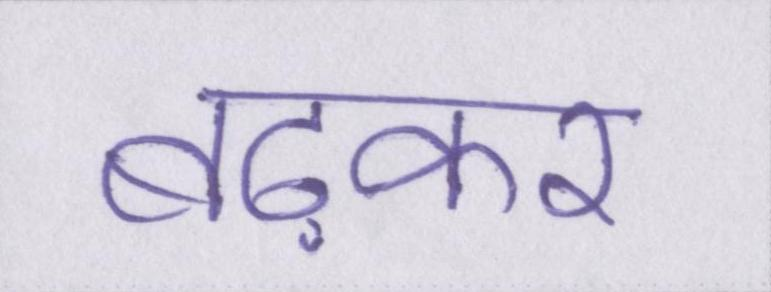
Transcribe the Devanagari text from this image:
बढ़कर